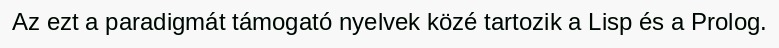
Az ezt a paradigmát támogató nyelvek közé tartozik a Lisp és a Prolog.